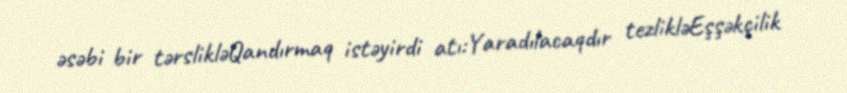
əsəbi bir tərslikləQandırmaq istəyirdi atı:Yaradılacaqdır tezlikləEşşəkçilik